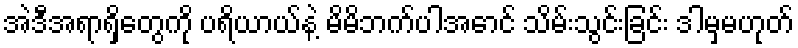
အဲဒီအရာရှိတွေကို ပရိယာယ်နဲ့ မိမိဘက်ပါအောင် သိမ်းသွင်းခြင်း ဒါမှမဟုတ်